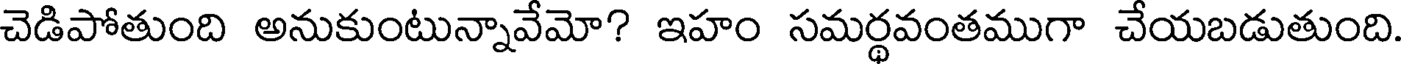
చెడిపోతుంది అనుకుంటున్నావేమో? ఇహం సమర్థవంతముగా చేయబడుతుంది